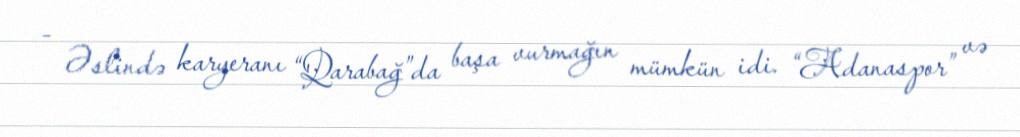
- Əslində karyeranı “Qarabağ”da başa vurmağın mümkün idi. “Adanaspor” və